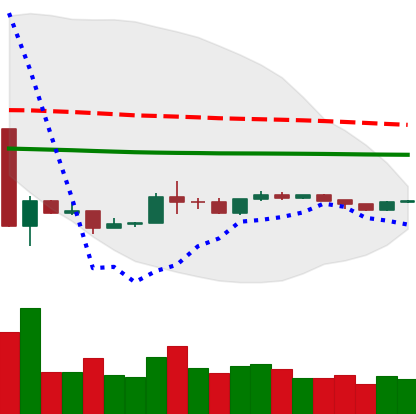
Ticker: ETH-USD
Chart end date: 2020-03-31
Forward return: 7.45%
Label: up_7plus